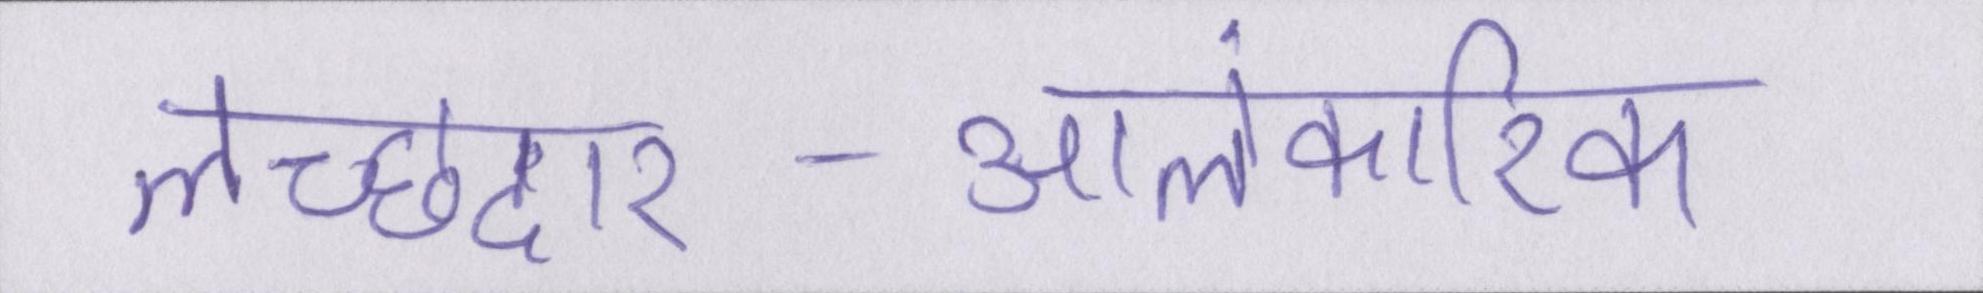
लच्छेदार-आलंकारिक